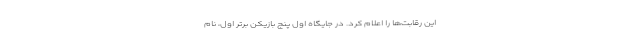
این رقابت‌ها را اعلام کرد. در جایگاه اول پنج بازیکن برتر اول، نام